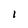
Character: 1